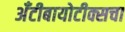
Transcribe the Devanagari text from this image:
अँटीबायोटीक्सचा